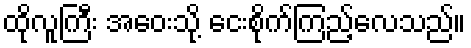
ထိုလူကြီး အဝေးသို့ ငေးစိုက်ကြည့်လေသည်။